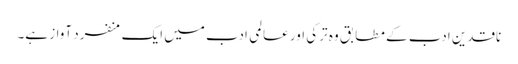
ناقدین ادب کے مطابق وہ ترکی اور عالمی ادب میں ایک منفرد آواز ہے۔